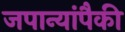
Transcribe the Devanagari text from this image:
जपान्यांपैकी